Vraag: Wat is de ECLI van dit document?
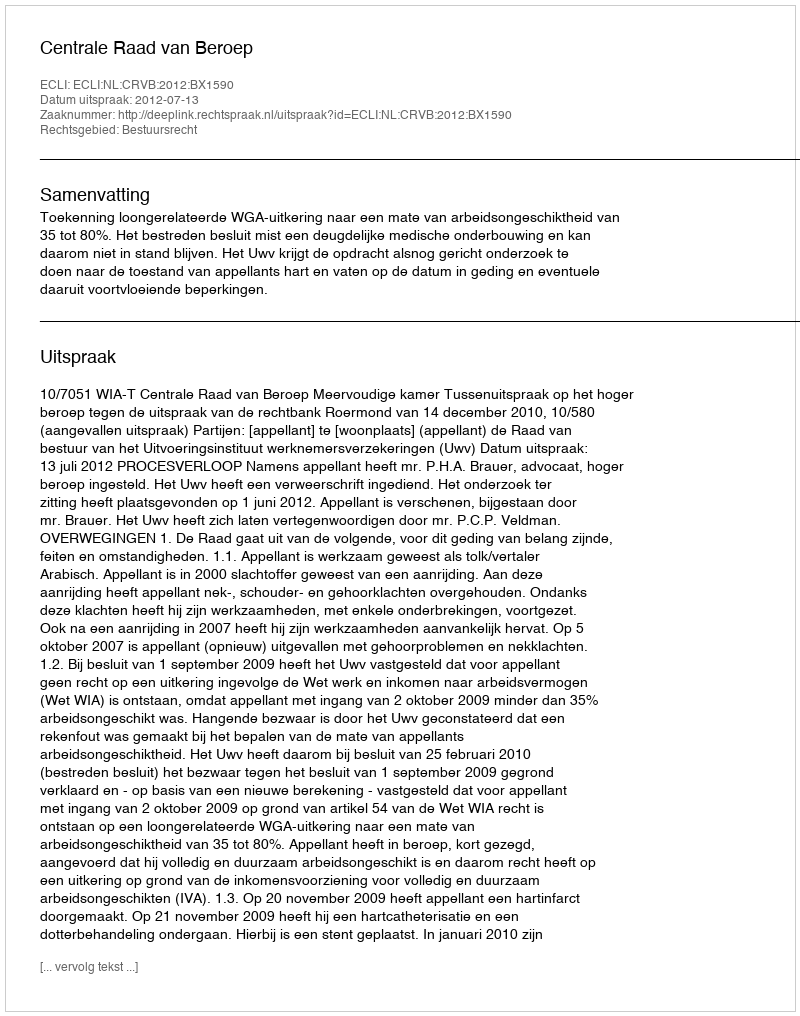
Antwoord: ECLI:NL:CRVB:2012:BX1590